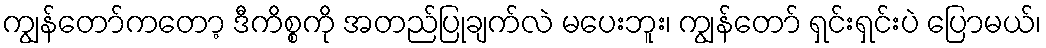
ကျွန်တော်ကတော့ ဒီကိစ္စကို အတည်ပြုချက်လဲ မပေးဘူး၊ ကျွန်တော် ရှင်းရှင်းပဲ ပြောမယ်၊